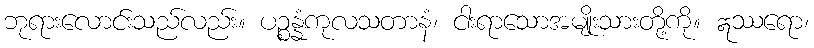
ဘုရားလောင်းသည်လည်း။ ပဉ္စန္နံကုလသတာနံ၊ ငါးရာသောအမျိုးသားတို့ကို။ ဣဿရော၊